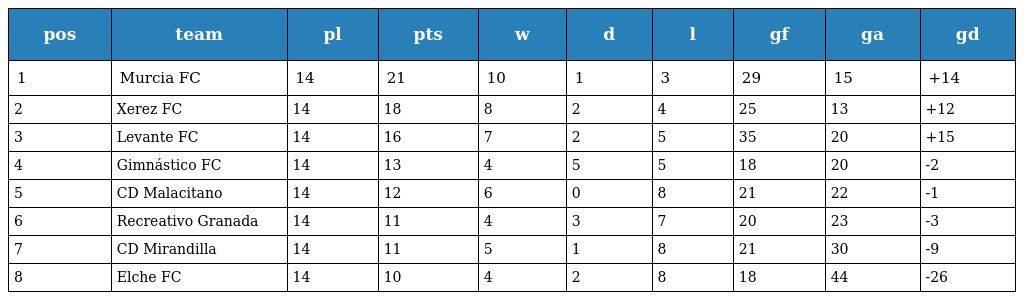
| pos | team | pl | pts | w | d | l | gf | ga | gd |
 | --- | --- | --- | --- | --- | --- | --- | --- | --- | --- |
 | 1 | Murcia FC | 14 | 21 | 10 | 1 | 3 | 29 | 15 | +14 |
 | 2 | Xerez FC | 14 | 18 | 8 | 2 | 4 | 25 | 13 | +12 |
 | 3 | Levante FC | 14 | 16 | 7 | 2 | 5 | 35 | 20 | +15 |
 | 4 | Gimnástico FC | 14 | 13 | 4 | 5 | 5 | 18 | 20 | -2 |
 | 5 | CD Malacitano | 14 | 12 | 6 | 0 | 8 | 21 | 22 | -1 |
 | 6 | Recreativo Granada | 14 | 11 | 4 | 3 | 7 | 20 | 23 | -3 |
 | 7 | CD Mirandilla | 14 | 11 | 5 | 1 | 8 | 21 | 30 | -9 |
 | 8 | Elche FC | 14 | 10 | 4 | 2 | 8 | 18 | 44 | -26 |